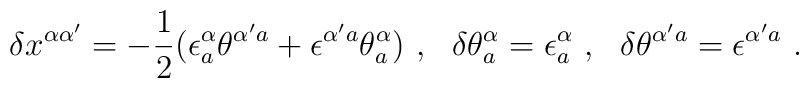
\delta x^{\alpha\alpha'} = -{1\over 2}(\epsilon^\alpha_a\theta^{\alpha'a}+ \epsilon^{\alpha'a}\theta^\alpha_a)\ ,\ \ \delta\theta^\alpha_a = \epsilon^\alpha_a\ ,  \ \ \delta\theta^{\alpha'a}= \epsilon^{\alpha'a} \ .